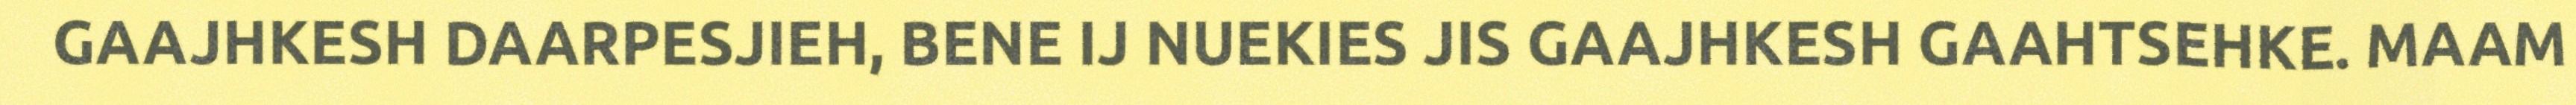
GAAJHKESH DAARPESJIEH, BENE IJ NUEKIES JIS GAAJHKESH GAAHTSEHKE. MAAM